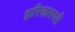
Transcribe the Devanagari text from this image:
द्वारिकानगरी